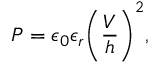
P = \epsilon _ { 0 } \epsilon _ { r } \Bigg ( \frac { V } { h } \Bigg ) ^ { 2 } ,